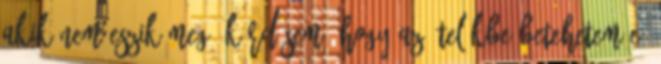
akik nem eszik meg. Kérdésem, hogy az ételükbe betehetem-e,